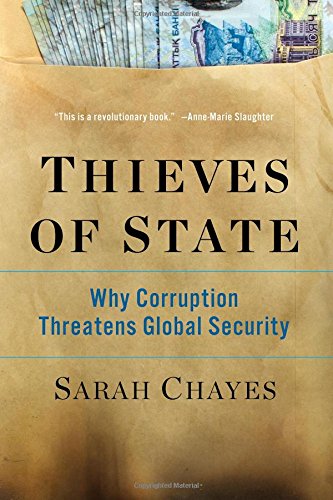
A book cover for Thieves of State: Why Corruption Threatens Global Security; Sarah Chayes; Law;